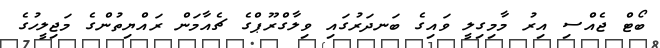
ބޯޓް ޖެއްސި އިރު މާމިގިލީ ވައިގެ ބަނދަރުގައި ވިލާގްރޫޕްގެ ޗެއާމަން ރައްޔިތުންގެ މަޖިލީހުގެ